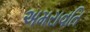
અમરાવતિ